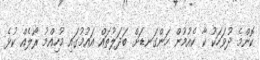
ކޮންމެ ދުވަހަކު ކާ ކެއުމުން ހަންގަނޑަށް ބަދަލުތައް އައުމުގައި މުހިއްމު ރޯލެއް ކުޅެ